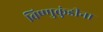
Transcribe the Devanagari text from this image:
विष्णुकुंडीना